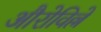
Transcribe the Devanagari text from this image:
औरोविल्ले